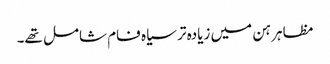
مظاہرہن میں زیادہ تر سیاہ فام شامل تھے۔